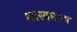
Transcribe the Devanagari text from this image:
शास्त्रमान्य